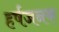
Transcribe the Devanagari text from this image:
हर्षजनक